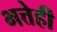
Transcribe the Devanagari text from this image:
भत्तेही